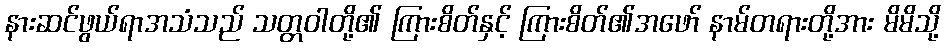
နားဆင်ဖွယ်ရာအသံသည် သတ္တဝါတို့၏ ကြားစိတ်နှင့် ကြားစိတ်၏အဖော် နာမ်တရားတို့အား မိမိသို့